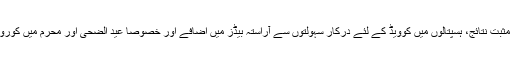
اجلاس میں وزیرِ اعظم کو کورونا کی ملکی و علاقائی صورت حال، اسمارٹ لاک ڈاؤن حکمت عملی کے مثبت نتائج، ہسپتالوں میں کوویڈ کے لئے درکار سہولتوں سے آراستہ بیڈز میں اضافے اور خصوصاً عید الضحیٰ اور محرم میں کورونا کے پھیلاؤ کو روکنے کے حوالے سے تشکیل دی جانے والی حکمت عملی پر تفصیلی بریفنگ دی گئی۔